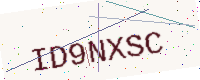
Text: ID9NXSC